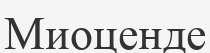
Миоценде